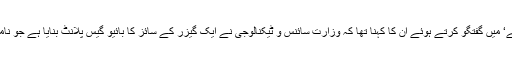
ہم نیوز کے مارننگ شو ’صبح سے آگے‘ میں گفتگو کرتے ہوئے ان کا کہنا تھا کہ وزارت سائنس و ٹیکنالوجی نے ایک گیزر کے سائز کا بائیو گیس پلانٹ بنایا ہے جو نامیاتی کچرا دان کے طور پر کام آئے گا۔